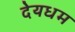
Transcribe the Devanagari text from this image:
देयधम